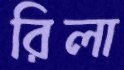
রিলা